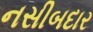
નસીબદાર